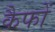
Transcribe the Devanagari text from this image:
कैफों